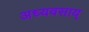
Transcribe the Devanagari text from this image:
अध्यवसाय्